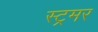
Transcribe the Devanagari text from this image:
स्ट्रमर